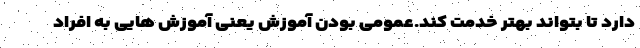
دارد تا بتواند بهتر خدمت کند.عمومی بودن آموزش یعنی آموزش هایی به افراد